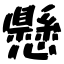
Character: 懸